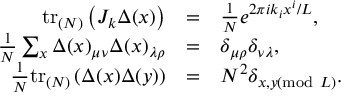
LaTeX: \begin{array} { r c l } { { \mathrm { t r } _ { ( N ) } \left( J _ { k } \Delta ( x ) \right) } } & { { = } } & { { \frac { 1 } { N } e ^ { 2 \pi i k _ { i } x ^ { i } / L } , } } \\ { { \frac { 1 } { N } \sum _ { x } \Delta ( x ) _ { \mu \nu } \Delta ( x ) _ { \lambda \rho } } } & { { = } } & { { \delta _ { \mu \rho } \delta _ { \nu \lambda } , } } \\ { { \frac { 1 } { N } \mathrm { t r } _ { ( N ) } \left( \Delta ( x ) \Delta ( y ) \right) } } & { { = } } & { { N ^ { 2 } \delta _ { x , y ( \mathrm { m o d } \ L ) } . } } \end{array}